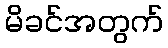
မိခင်အတွက်